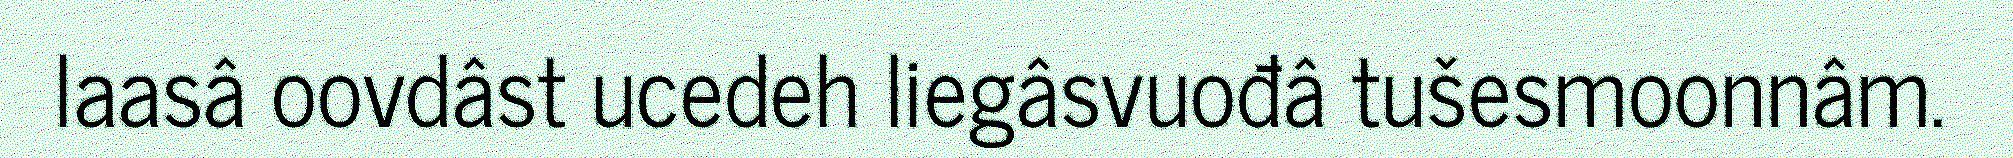
laasâ oovdâst ucedeh liegâsvuođâ tušesmoonnâm.